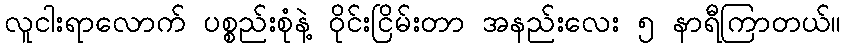
လူငါးရာလောက် ပစ္စည်းစုံနဲ့ ဝိုင်းငြိမ်းတာ အနည်းလေး ၅ နာရီကြာတယ်။